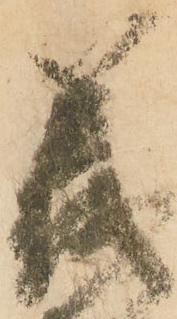
義